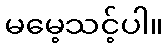
မမေ့သင့်ပါ။